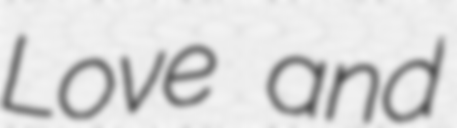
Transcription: Love and